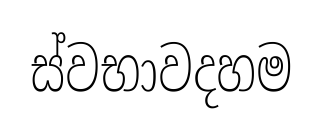
ස්වභාවදහම